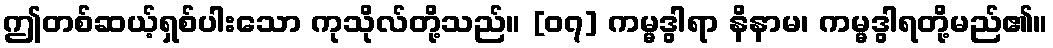
ဤတစ်ဆယ့်ရှစ်ပါးသော ကုသိုလ်တို့သည်။ [၀၇] ကမ္မဒွါရာ နိနာမ၊ ကမ္မဒွါရတို့မည်၏။